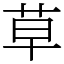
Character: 草